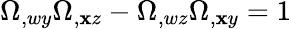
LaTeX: \Omega_{,wy}\Omega_{,\mathbf{x}z}-\Omega_{,wz}\Omega_{,\mathbf{x}y}=1